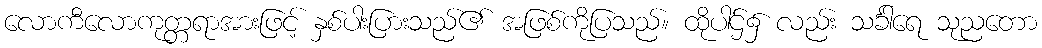
လောကီလောကုတ္တရာအားဖြင့် နှစ်ပါးပြားသည်၏ အဖြစ်ကိုပြသည်။ ထိုပါဌ်၌ လည်း သင်္ခါရေ သုညတော